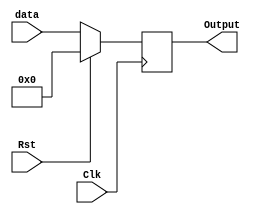
`timescale 1ns / 1ps
//////////////////////////////////////////////////////////////////////////////////
// Company: 
// Engineer: 
// 
// Design Name: 
// Module Name: Reg32
// Project Name: 
// Target Devices: 
// Tool Versions: 
// Description: 
// 
// Dependencies: 
// 
// Revision:
// Revision 0.01 - File Created
// Additional Comments:
// 
//////////////////////////////////////////////////////////////////////////////////
module Reg32(Clk, Rst, data, Output);

    input Clk, Rst;
    input [31:0] data;
    
    output reg [31:0] Output = 0;
    
    always @(negedge Clk) begin
        if(Rst)
            Output <= 0;
        else
            Output <= data;
    end
    


endmodule